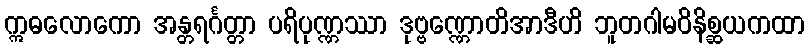
ဣဓလောကော အန္တရင်္ဂတ္တာ ပရိပုဏ္ဏဿာ ဒုဗ္ဗဏ္ဏောတိအာဒီဟိ ဘူတဂါမဝိနိစ္ဆယကထာ